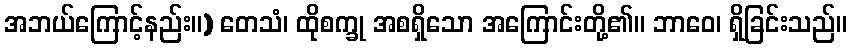
အဘယ်ကြောင့်နည်း။) တေသံ၊ ထိုစက္ခု အစရှိသော အကြောင်းတို့၏။ ဘာဝေ၊ ရှိခြင်းသည်။